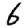
Digit: 6